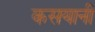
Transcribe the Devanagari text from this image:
कसयानी